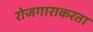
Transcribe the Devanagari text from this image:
रोजगाराकरता